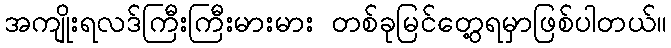
အကျိုးရလဒ်ကြီးကြီးမားမား တစ်ခုမြင်တွေ့ရမှာဖြစ်ပါတယ်။